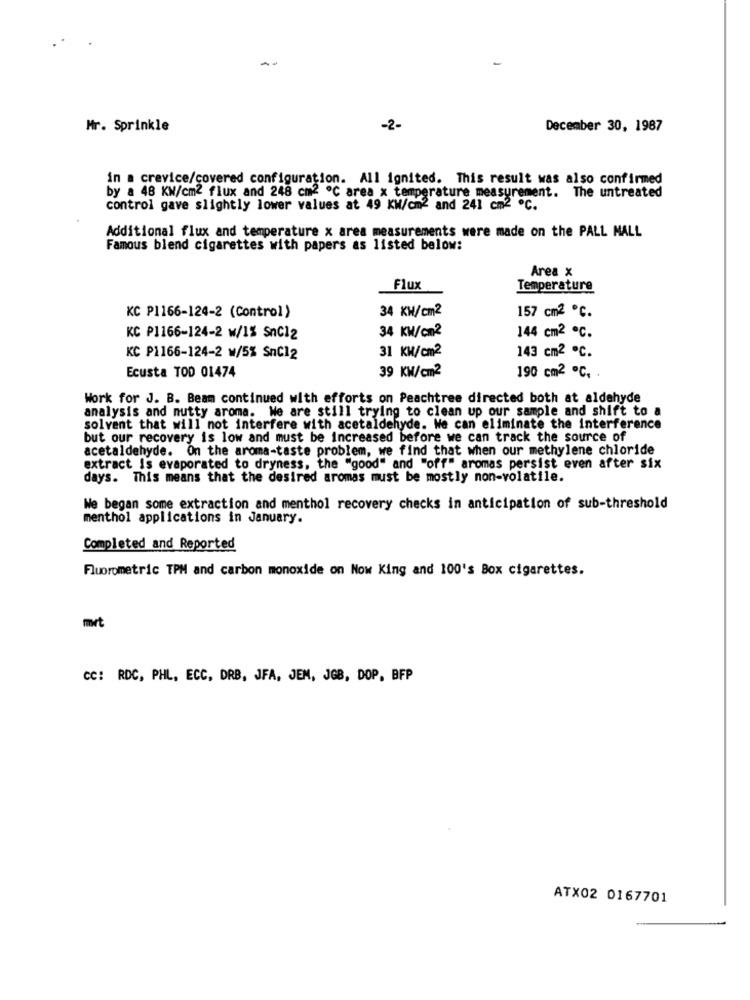
Mr. Sprinkle
-2-
December 30, 1987
in a crevice/covered configuration. All ignited. This result was also confirmed
by a 48 KW/cm2 flux and 248 cm2 ℃ area x temperature measurement. The untreated
control gave slightly lower values at 49 KW/cm2 and 241 cm2 ℃.
Additional flux and temperature x area measurements were made on the PALL MALL
Famous blend cigarettes with papers as listed below:
Area x
Flux
Temperature
34 KW/cm2
157 cm2 ℃.
KC P1166-124-2 (Control)
34 KW/cm2
KC P1166-124-2 w/1% SnC12
144 cm2 ℃.
31 KW/cm2
143 cm2 ℃.
KC P1166-124-2 w/5% SnC12
Ecusta TOD 01474
39 KW/cm2
190 cm2 ℃,
Work for J. B. Beam continued with efforts on Peachtree directed both at aldehyde
analysis and nutty aroma. We are still trying to clean up our sample and shift to a
solvent that will not interfere with acetaldehyde. We can eliminate the interference
but our recovery is low and must be increased before we can track the source of
acetaldehyde. On the aroma-taste problem, we find that when our methylene chloride
extract Is evaporated to dryness, the "good" and "off" aromas persist even after six
days. This means that the desired aromas must be mostly non-volatile.
We began some extraction and menthol recovery checks in anticipation of sub-threshold
menthol applications in January.
Completed and Reported
Fluorometric TPM and carbon monoxide on Now King and 100's Box cigarettes.
mrt
CC: RDC, PHL, ECC, DRB, JFA, JEM, JGB, DOP, BFP
ATX02 0167701